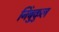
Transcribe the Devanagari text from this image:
निंबुकुल